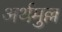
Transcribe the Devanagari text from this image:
अर्थमुल्ल